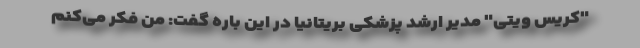
"کریس ویتی" مدیر ارشد پزشکی بریتانیا در این باره گفت: من فکر می‌کنم